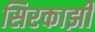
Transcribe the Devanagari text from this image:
सिरकाझी